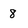
Character: 8